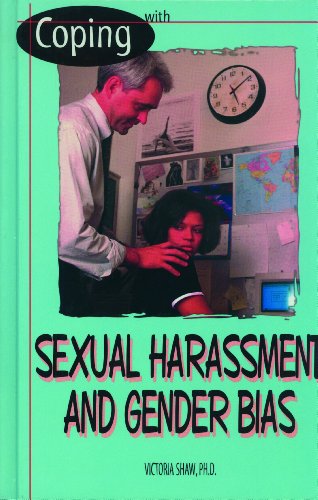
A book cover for Coping With Sexual Harassment and Gender Bias; Victoria Felice Shaw; Teen & Young Adult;